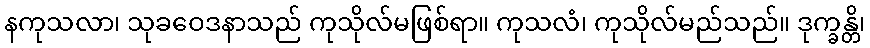
နကုသလာ၊ သုခဝေဒနာသည် ကုသိုလ်မဖြစ်ရာ။ ကုသလံ၊ ကုသိုလ်မည်သည်။ ဒုက္ခန္တိ၊